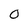
Character: 0